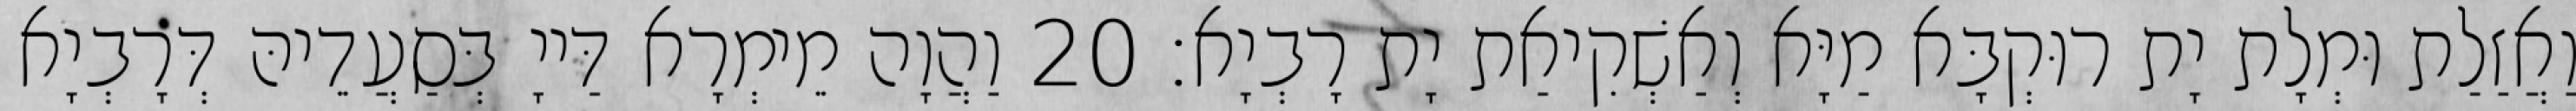
וַאֲזַלַת וּמְלָת יָת רוּקְבָּא מַיָּא וְאַשְׁקִיאַת יָת רָבְיָא׃ 20 וַהֲוָה מֵימְרָא דַּייָ בְּסַעֲדֵיהּ דְּרָבְיָא